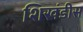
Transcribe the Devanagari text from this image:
शिखंडीस